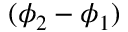
( \phi _ { 2 } - \phi _ { 1 } )